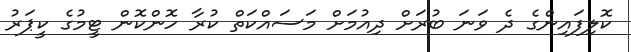
ކޮލިފައިންގެ ދެ ވަނަ ބުރަށް ދިއުމަށް މަސައްކަތް ކުރާ ހޮންކޮން ޓީމުގެ ކީޕަރު